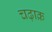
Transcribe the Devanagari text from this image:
चढ़ाक्र